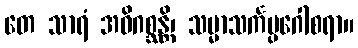
တေ သာရံ အဓိဂစ္ဆန္တိ၊ သမ္မာသင်္ကပ္ပဂေါစရာ။